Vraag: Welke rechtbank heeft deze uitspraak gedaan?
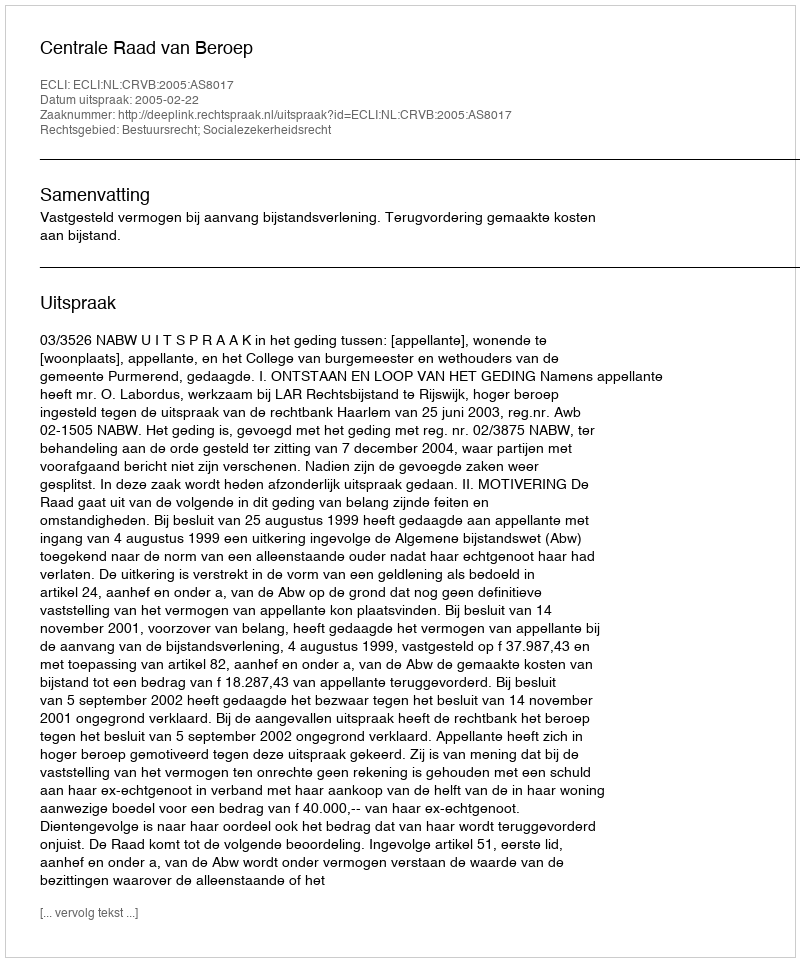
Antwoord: Centrale Raad van Beroep